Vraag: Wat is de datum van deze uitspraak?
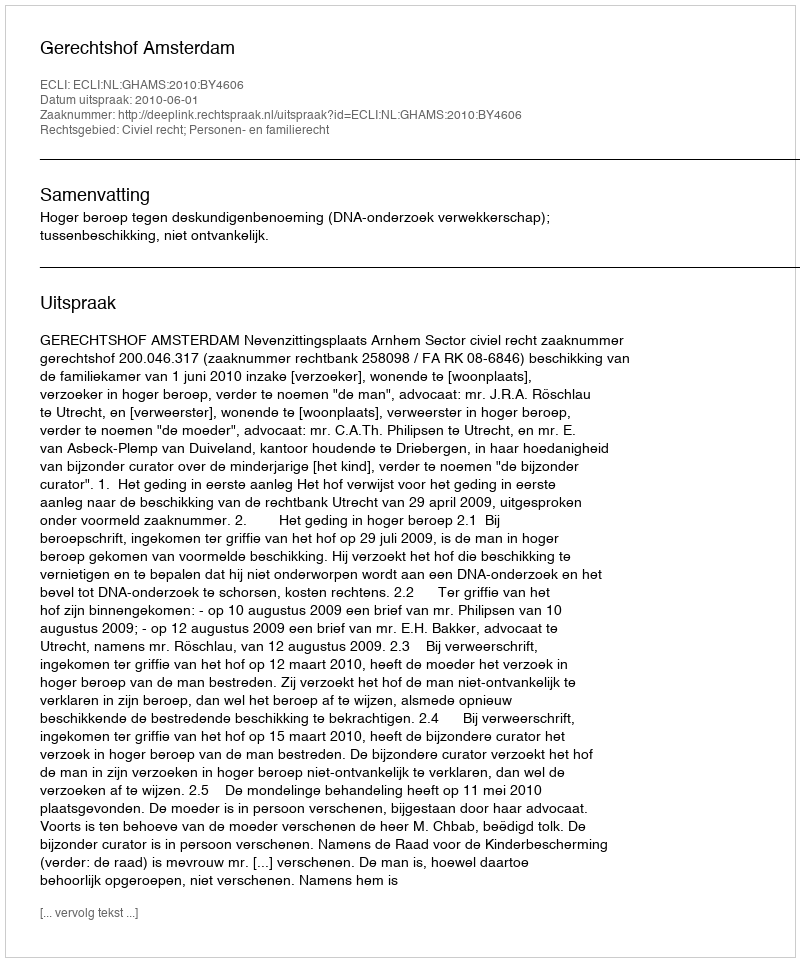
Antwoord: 2010-06-01